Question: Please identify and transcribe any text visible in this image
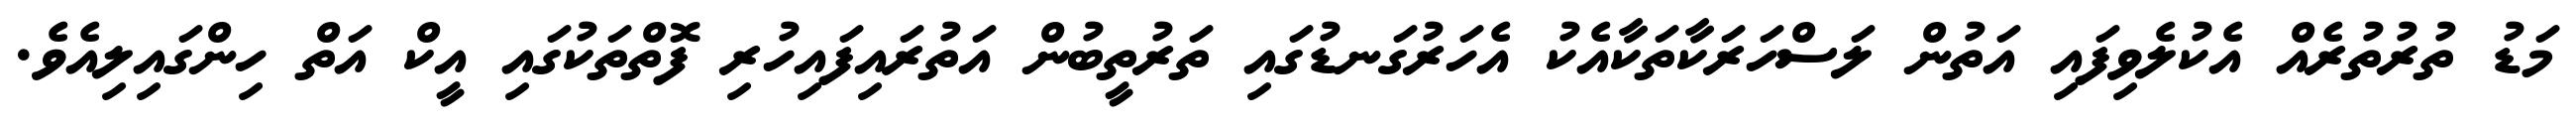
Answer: މަޑު ތުރުތުރެއް އެކުލެވިފައި އަތުން ލަސްހަރަކާތަކާއެކު އެހަރުގަނޑުގައި ތަރުތީބުން އަތުރައިފައިހުރި ފޮތްތަކުގައި އީކް އަތް ހިންގައިލިއެވެ.